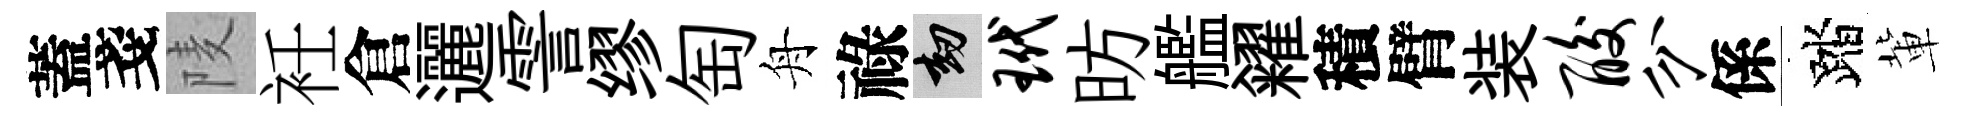
蓋戔𨹧衽倉邐霅缪匋舟祿劫玳昉艦糴積臂装酸分係踏軰